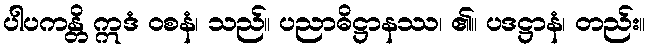
ပါပကန္တိ ဣဒံ ဝစနံ၊ သည်။ ပညာဓိဋ္ဌာနဿ၊ ၏။ ပဒဋ္ဌာနံ၊ တည်း။